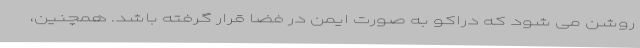
روشن می شود که دراکو به صورت ایمن در فضا قرار گرفته باشد. همچنین،